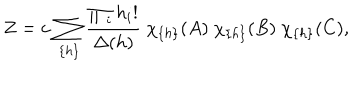
Z = c \, \sum _ { \{ h \} } { \frac { \prod _ { i } h _ { i } ! } { \Delta ( h ) } } ~ \chi _ { \{ h \} } ( A ) ~ \chi _ { \{ h \} } ( B ) ~ \chi _ { \{ h \} } ( C ) ,